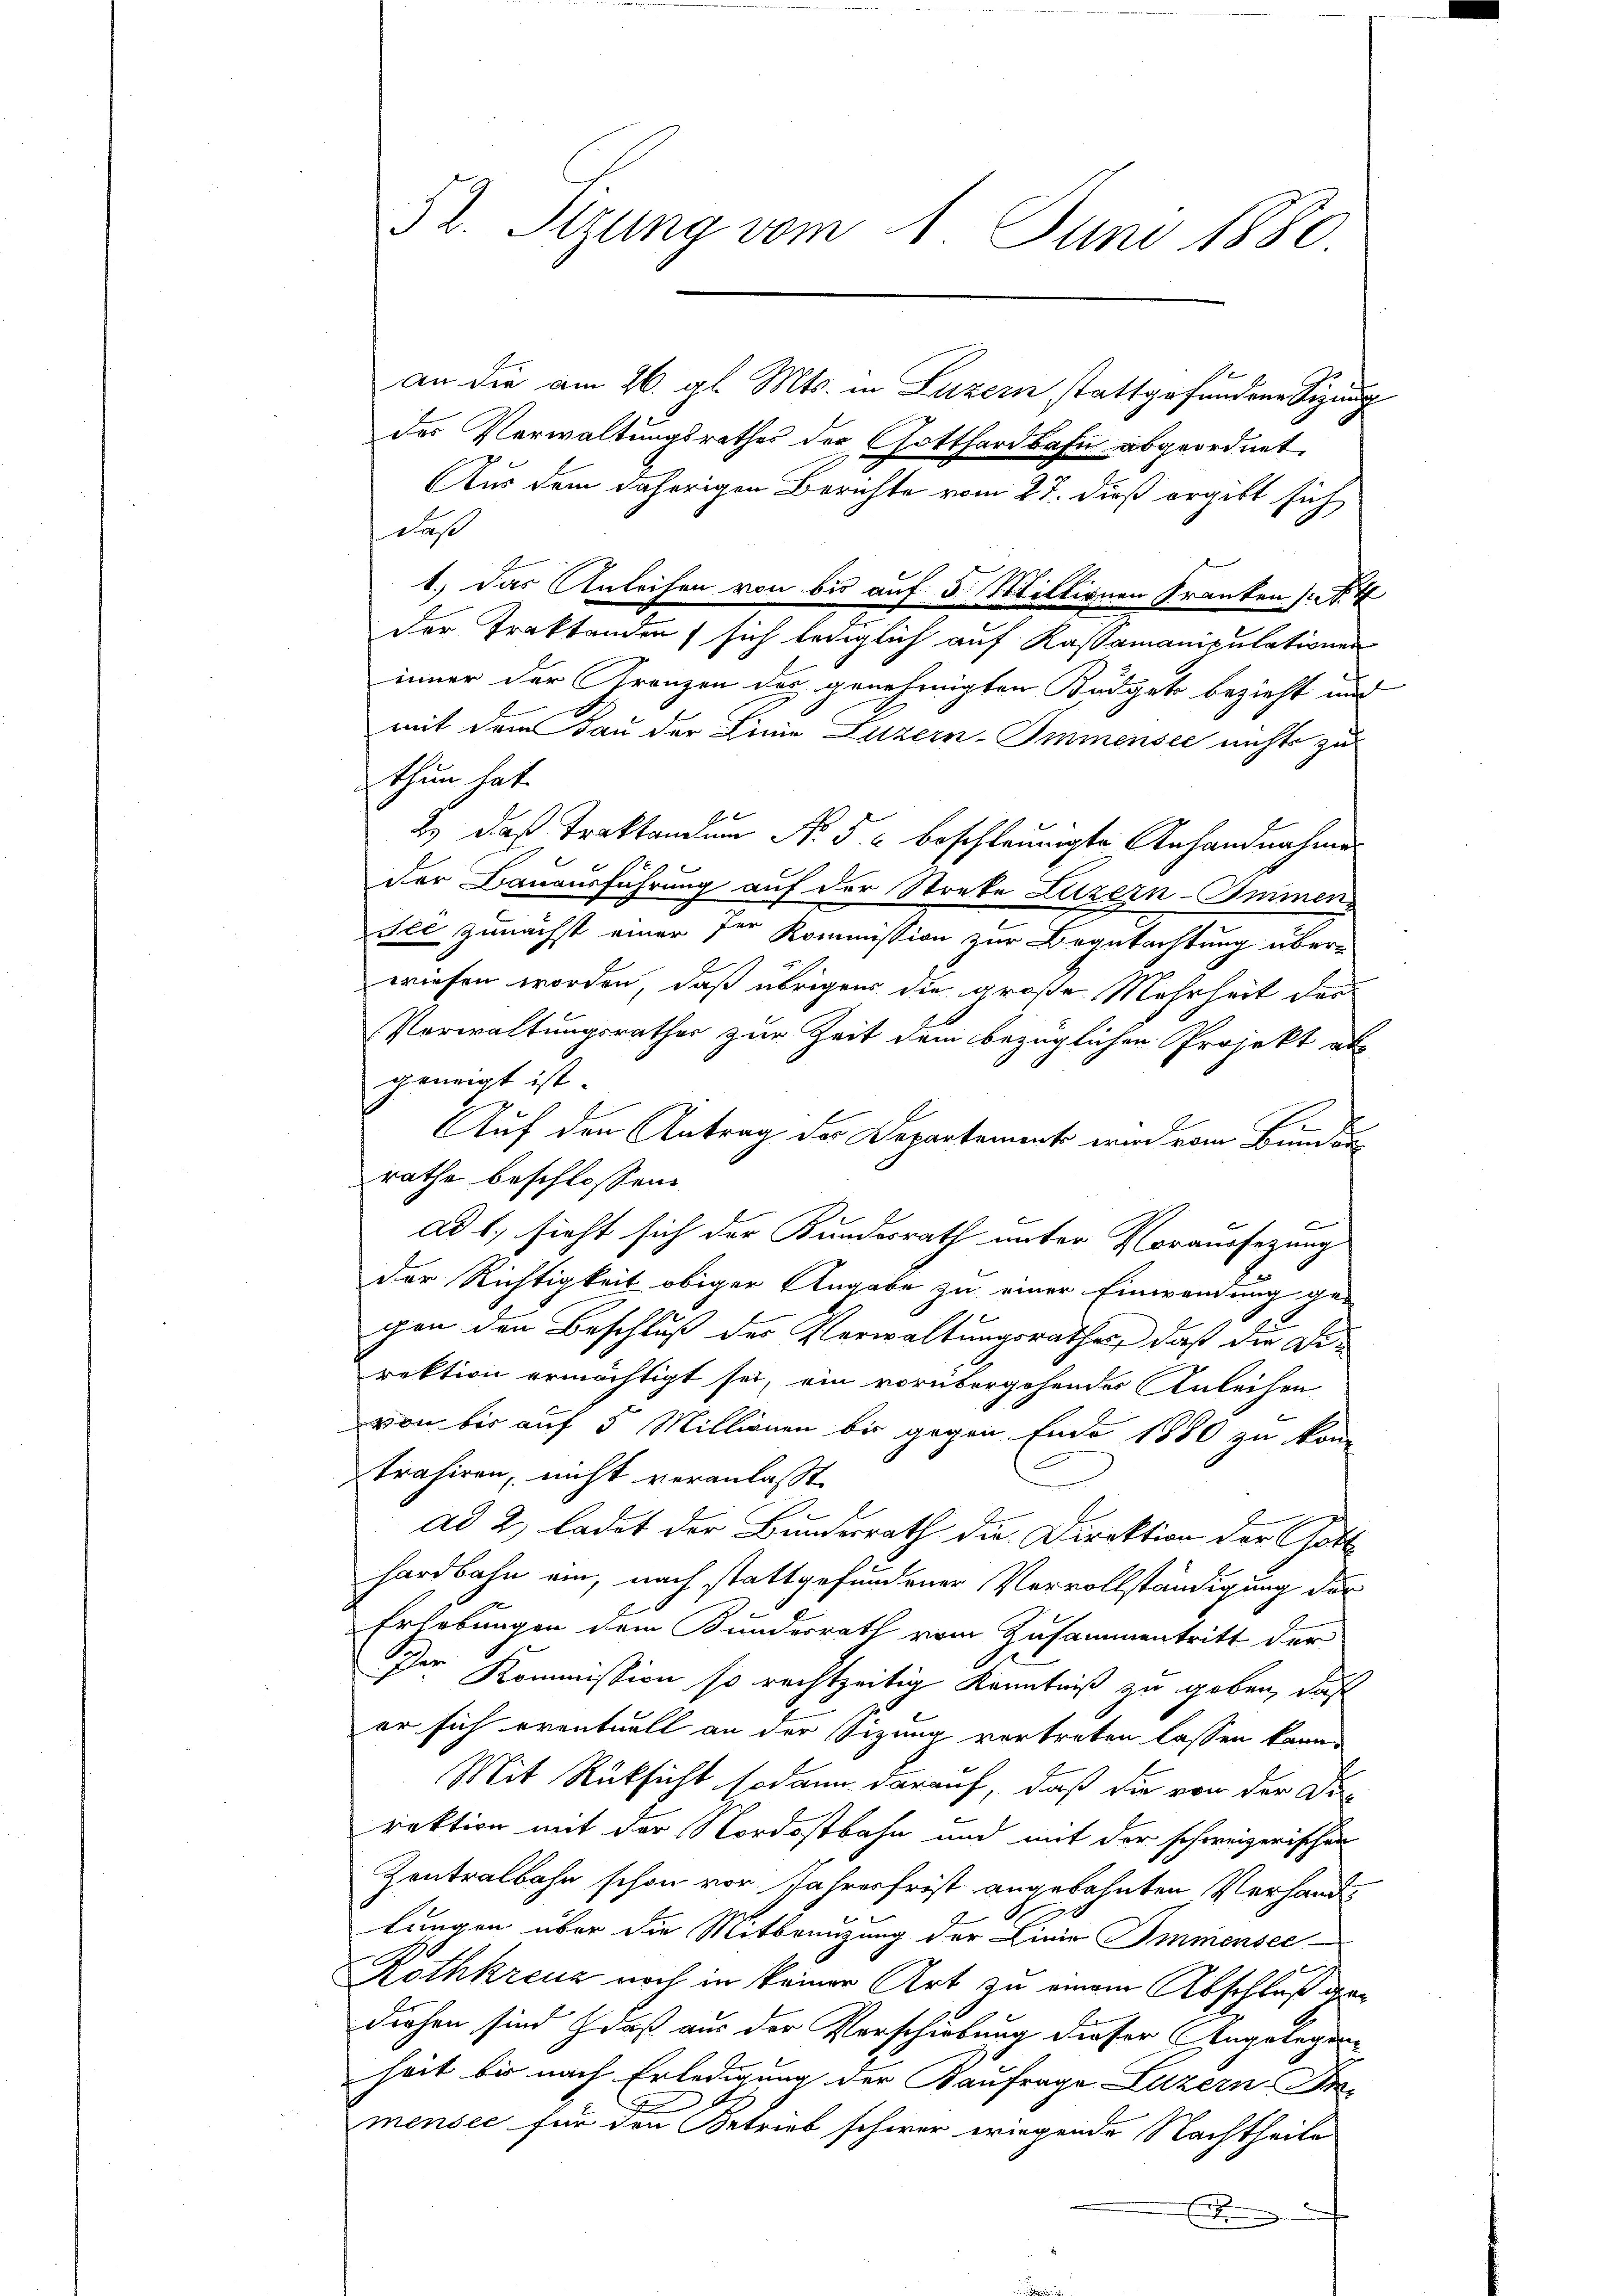
des Verwaltungsrathes der Gotthardbahn abgeordnet.
Aus dem daherigen Berichte vom 27. dieß ergibt sich
Faß
1.) Das Anleihen von bis auf 5 Mittirnen Franken (S. 4
der Traktanden sich lediglich auf Kassamanipulationen
inner der Gränzen des genehmigten Büdget bezieht und
mit dem Bau der Linie Luzern-Immensee nichts zu
thun hat.

2) daß Traktanden No 5 u beschleunigte Anhandnahmen
b
der Bauausführung auf der Streke Luzern-Immen-
see zunächst einer der Kommission zur Begutachtung überwiesen worden, daß übrigen die große Mehrheit der
Verwaltungsrathes zur Zeit dem bezüglichen Projekt als
geneigt ist.
Auf den Antrag der Departement wird vom Bunden
rathe beschlossen
ad 1., sieht sich der Bundesrath unter Voraussezung
der Richtigkeit obiger Angabe zu einer Einwendung ge-
gen den Beschluß der Verwaltungsrathes, daß die Direktion ermächtigt sei, ein vorübergehendes Anleihen
von bis auf 5 Millionen bis gegen Ende 1880 zu kom
strahiren, nicht veranlasst.
ad 2. ladet der Bundesrath die Direktion der Gott
hardbahn ein, nach stattgefundener Vervollständigung der
Erhebungen dem Bundesrath vom Zusammentritt der
Der Kommission so rechtzeitig Kenntniß zu geben, daß
er sich eventuell an der Sitzung vertreten lassen kann.
Mit Rücksicht sodann darauf, daß die von der Di-
rektion mit der Nordostbahn und mit der schweizerischen
Zentralbahn schon vor Jahresfrist angelehnten Verhand
l
tungen über die Mitbrünzung der Linie Immensee
Rothkreuz noch in keiner Art zu einem Abschluß gediesen sind daß aus der Verschiebung dieser Angelegen-
heit bis nach Erledigung der Kaufrage Luzern Pre
F
mensee für den Betrieb schwer wiegende Nachtheile
.

52. Sitzung vom 1. Juni 1880

an die am 26. gl. Mts. in Luzern stattgefundene Sitzung